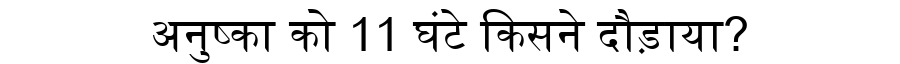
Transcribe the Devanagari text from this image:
अनुष्का को 11 घंटे किसने दौड़ाया?